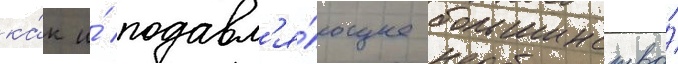
ка́к и́ подавл'я́ющее большинство́